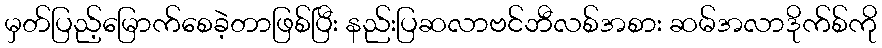
မှတ်ပြည့်မြောက်စေခဲ့တာဖြစ်ပြီး နည်းပြဆလာဗင်ဘီလစ်အစား ဆမ်အလာဒိုက်စ်ကို